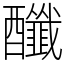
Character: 䤘